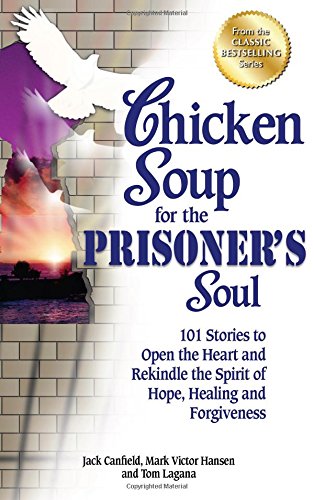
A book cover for Chicken Soup for the Prisoner's Soul: 101 Stories to Open the Heart and Rekindle the Spirit of Hope, Healing and Forgiveness (Chicken Soup for the Soul); Jack Canfield; Christian Books & Bibles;